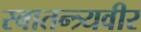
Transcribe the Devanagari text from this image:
स्वातन्त्र्यवीर